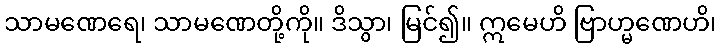
သာမဏေရေ၊ သာမဏေတို့ကို။ ဒိသွာ၊ မြင်၍။ ဣမေဟိ ဗြာဟ္မဏေဟိ၊